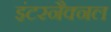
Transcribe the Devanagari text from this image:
इंटरनैक्नल